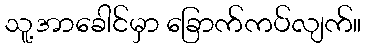
သူ့အာခေါင်မှာ ခြောက်ကပ်လျက်။